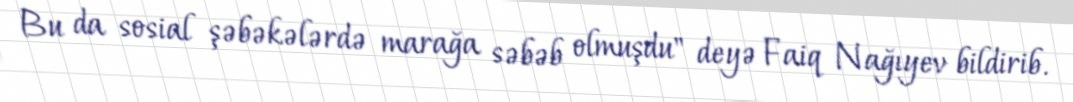
Bu da sosial şəbəkələrdə marağa səbəb olmuşdu" deyə Faiq Nağıyev bildirib.